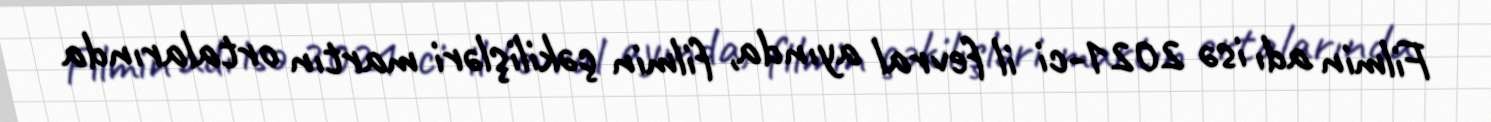
Filmin adı isə 2021-ci il fevral ayında, filmin çəkilişləri martın ortalarında